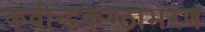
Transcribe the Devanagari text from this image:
कवीन्द्रकण्ठाभरण